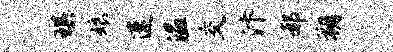
琪娘速温交汴郝朔